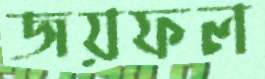
জয়ফল